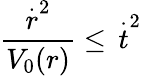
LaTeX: \frac{\stackrel{\cdot}{r}^{2}}{V_{0}(r)}\leq\, \stackrel{\cdot}{t}^{2}